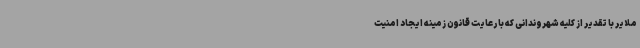
ملایر با تقدیر از کلیه شهروندانی که با رعایت قانون زمینه ایجاد امنیت